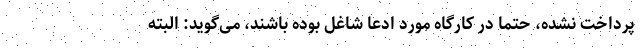
پرداخت نشده، حتماً در کارگاه مورد ادعا شاغل بوده باشند، می‌گوید: البته